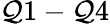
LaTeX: \mathcal{Q}1-\mathcal{Q}4